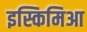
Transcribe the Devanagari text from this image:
इस्किमिआ